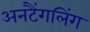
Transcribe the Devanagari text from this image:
अनटैंगलिंग